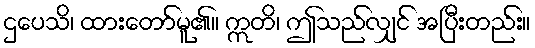
ဌပေသိ၊ ထားတော်မူ၏။ ဣတိ၊ ဤသည်လျှင် အပြီးတည်း။